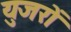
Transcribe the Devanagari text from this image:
युजरों